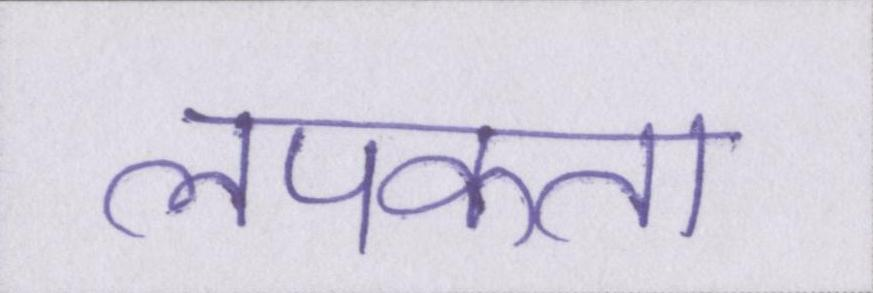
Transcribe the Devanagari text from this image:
लपकता